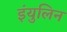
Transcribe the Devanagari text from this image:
इंयुलिन